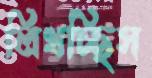
লিখচ্ছিস